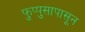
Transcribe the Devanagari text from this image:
फुप्पुसापासून